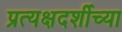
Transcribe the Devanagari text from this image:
प्रत्यक्षदर्शीच्या